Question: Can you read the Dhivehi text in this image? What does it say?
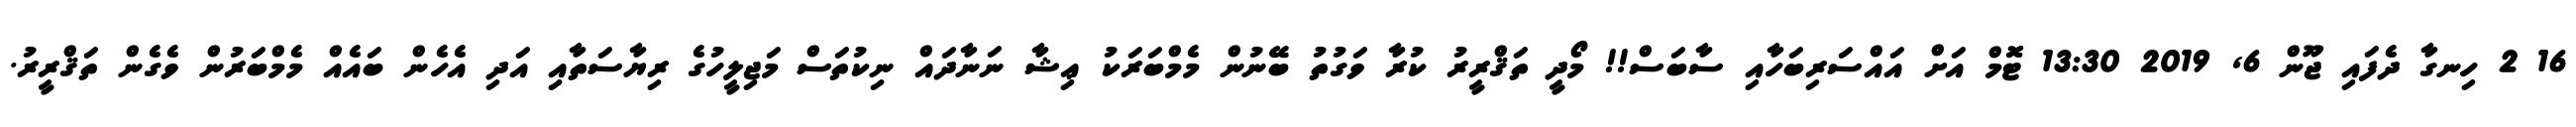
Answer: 16 2 ހިނގާ ދެފައި ޖޫން 6, 2019 13:30 ޓޮމް އަށް އައްސަރިބަހާއި ސާބަސް!! މޯދީ ތަޤްރީރު ކުރާ ވަގުތު ބޭނުން މެމްބަރަކު ޢިޝާ ނަނާދައް ނިކުތަސް މަޖިލީހުގެ ރިޔާސަތާއި އަދި އެހެން ބައެއް މެމްބަރުން ވެގެން ތަޤްރީރު.